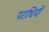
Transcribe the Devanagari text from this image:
पराधियों